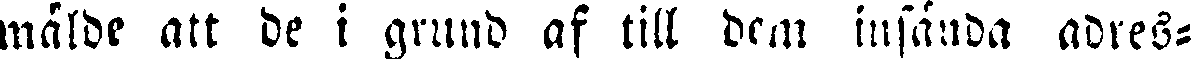
mälde att de i grund af till dem insända adres-